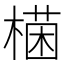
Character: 𣙊